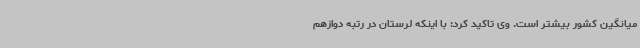
میانگین کشور بیشتر است. وی تاکید کرد: با اینکه لرستان در رتبه دوازهم